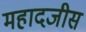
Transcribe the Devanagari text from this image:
महादजीस